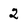
Character: 2